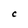
Character: C